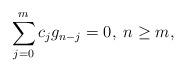
LaTeX: \begin{align*}\sum_{j=0}^m c_jg_{n-j} = 0,\;n\geq m,\end{align*}